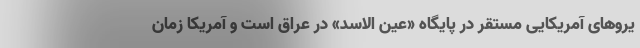
یروهای آمریکایی مستقر در پایگاه «عین الاسد» در عراق است و آمریکا زمان